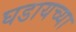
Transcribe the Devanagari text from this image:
घडायच्या